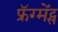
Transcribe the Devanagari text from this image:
फ्रॅग्मेंट्स